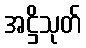
အဋ္ဌိသုတ်